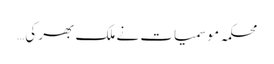
محکمہ موسمیات نے ملک بھر کی…